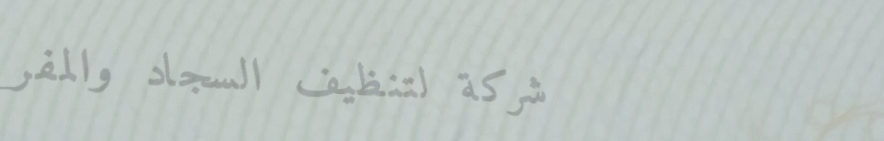
شركة لتنظيف السجاد والمفر